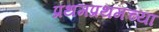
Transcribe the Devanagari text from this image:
प्रथमप्रथमच्या